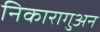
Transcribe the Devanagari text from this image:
निकारागुअन